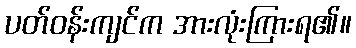
ပတ်ဝန်းကျင်က အားလုံးကြားရ၏။